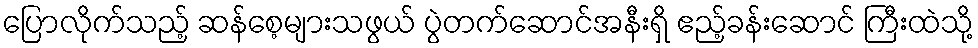
ပြောလိုက်သည့် ဆန်စေ့များသဖွယ် ပွဲတက်ဆောင်အနီးရှိ ဧည့်ခန်းဆောင် ကြီးထဲသို့